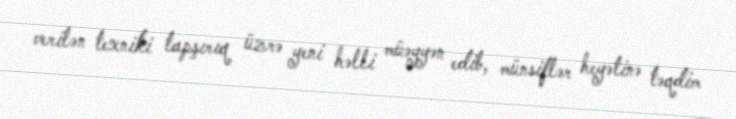
verilən texniki tapşırıq üzrə yeni həlli müəyyən edib, münsiflər heyətinə təqdim